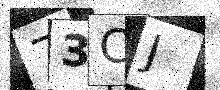
Text: 73CJ